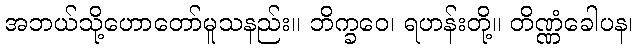
အဘယ်သို့ဟောတော်မူသနည်း။ ဘိက္ခဝေ၊ ရဟန်းတို့။ တိဏ္ဏံခေါပန၊